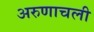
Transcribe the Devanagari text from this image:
अरुणाचली